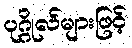
ပုဂ္ဂိုလ်များဖြင့်